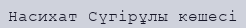
Насихат Сүгірұлы көшесі